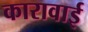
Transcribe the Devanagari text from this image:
कारावाई